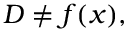
D \neq f ( x ) ,